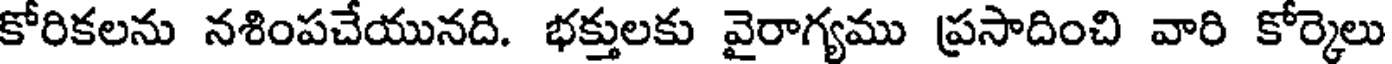
కోరికలను నశింపచేయునది. భక్తులకు వైరాగ్యము ప్రసాదించి వారి కోర్కెలు